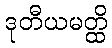
ဒုတီယမတ္ထိ